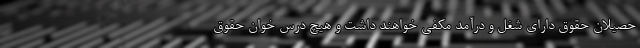
حصیلان حقوق دارای شغل و درآمد مکفی خواهند داشت و هیچ درس خوان حقوق